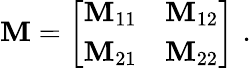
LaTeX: \texttt{\textbf{M}}=\left[\begin{array}{cc}{\texttt{\textbf{M}}_{11}}&{\texttt{\textbf{M}}_{12}}\\ {\texttt{\textbf{M}}_{21}}&{\texttt{\textbf{M}}_{22}}\end{array}\right]\, \, .